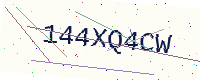
Text: 144XQ4CW